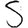
Digit: 5